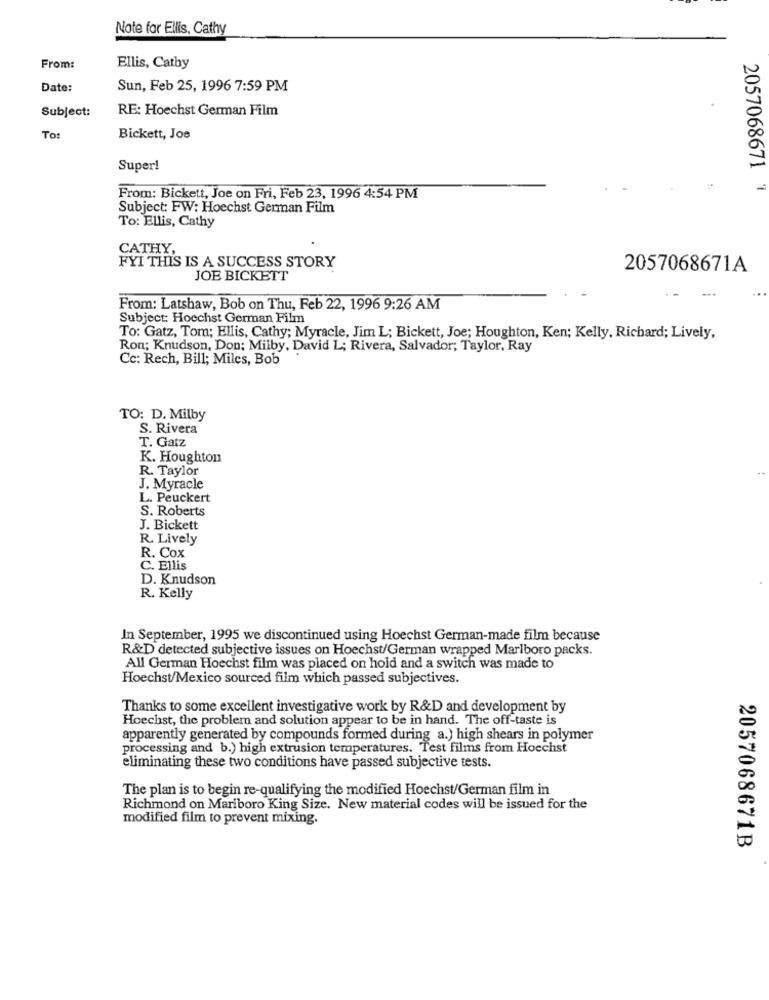
Note for Ellis, Cathy
From:
Ellis, Cathy
Date:
Sun, Feb 25, 1996 7:59 PM
Subject:
RE: Hoechst German Film
To
Bickett, Joe
Super!
2057068671
From: Bickett, Joe on Fri, Feb 23, 1996 4:54 PM
Subject: FW: Hoechst German Film
To: Ellis, Cathy
CATHY,
FYI THIS IS A SUCCESS STORY
2057068671A
JOE BICKETT
From: Latshaw, Bob on Thu, Feb 22, 1996 9:26 AM
Subject: Hoechst German Film
To: Gatz, Tom; Ellis, Cathy; Myracle, Jim L; Bickett, Joe; Houghton, Ken; Kelly, Richard; Lively,
Ron; Knudson, Don; Milby, David L; Rivera, Salvador; Taylor, Ray
Cc: Rech, Bill; Miles, Bob
TO: D. Milby
S. Rivera
T. Gatz
K. Houghton
R. Taylor
J. Myracle
L. Peuckert
S. Roberts
J. Bickett
R. Lively
R. Cox
C. Ellis
D. Knudson
R. Kelly
In September, 1995 we discontinued using Hoechst German-made film because
R&D detected subjective issues on Hoechst/German wrapped Marlboro packs.
All German Hoechst film was placed on hold and a switch was made to
Hoechst/Mexico sourced film which passed subjectives.
Thanks to some excellent investigative work by R&D and development by
Hoechst, the problem and solution appear to be in hand. The off-taste is
apparently generated by compounds formed during a.) high shears in polymer
processing and b.) high extrusion temperatures. Test films from Hoechst
eliminating these two conditions have passed subjective tests.
The plan is to begin re-qualifying the modified Hoechst/German film in
Richmond on Marlboro King Size. New material codes will be issued for the
modified film to prevent mixing.
2057068671B